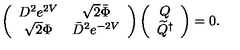
\left( \begin{array} { c c } { D ^ { 2 } e ^ { 2 V } } & { \sqrt { 2 } \bar { \Phi } } \\ { \sqrt { 2 } \Phi } & { \bar { D } ^ { 2 } e ^ { - 2 V } } \\ \end{array} \right) \left( \begin{array} { c } { Q } \\ { \widetilde { Q } ^ { \dagger } } \\ \end{array} \right) = 0 .